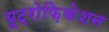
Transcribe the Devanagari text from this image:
यूट्रोफ़िकेशन